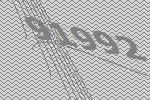
91992